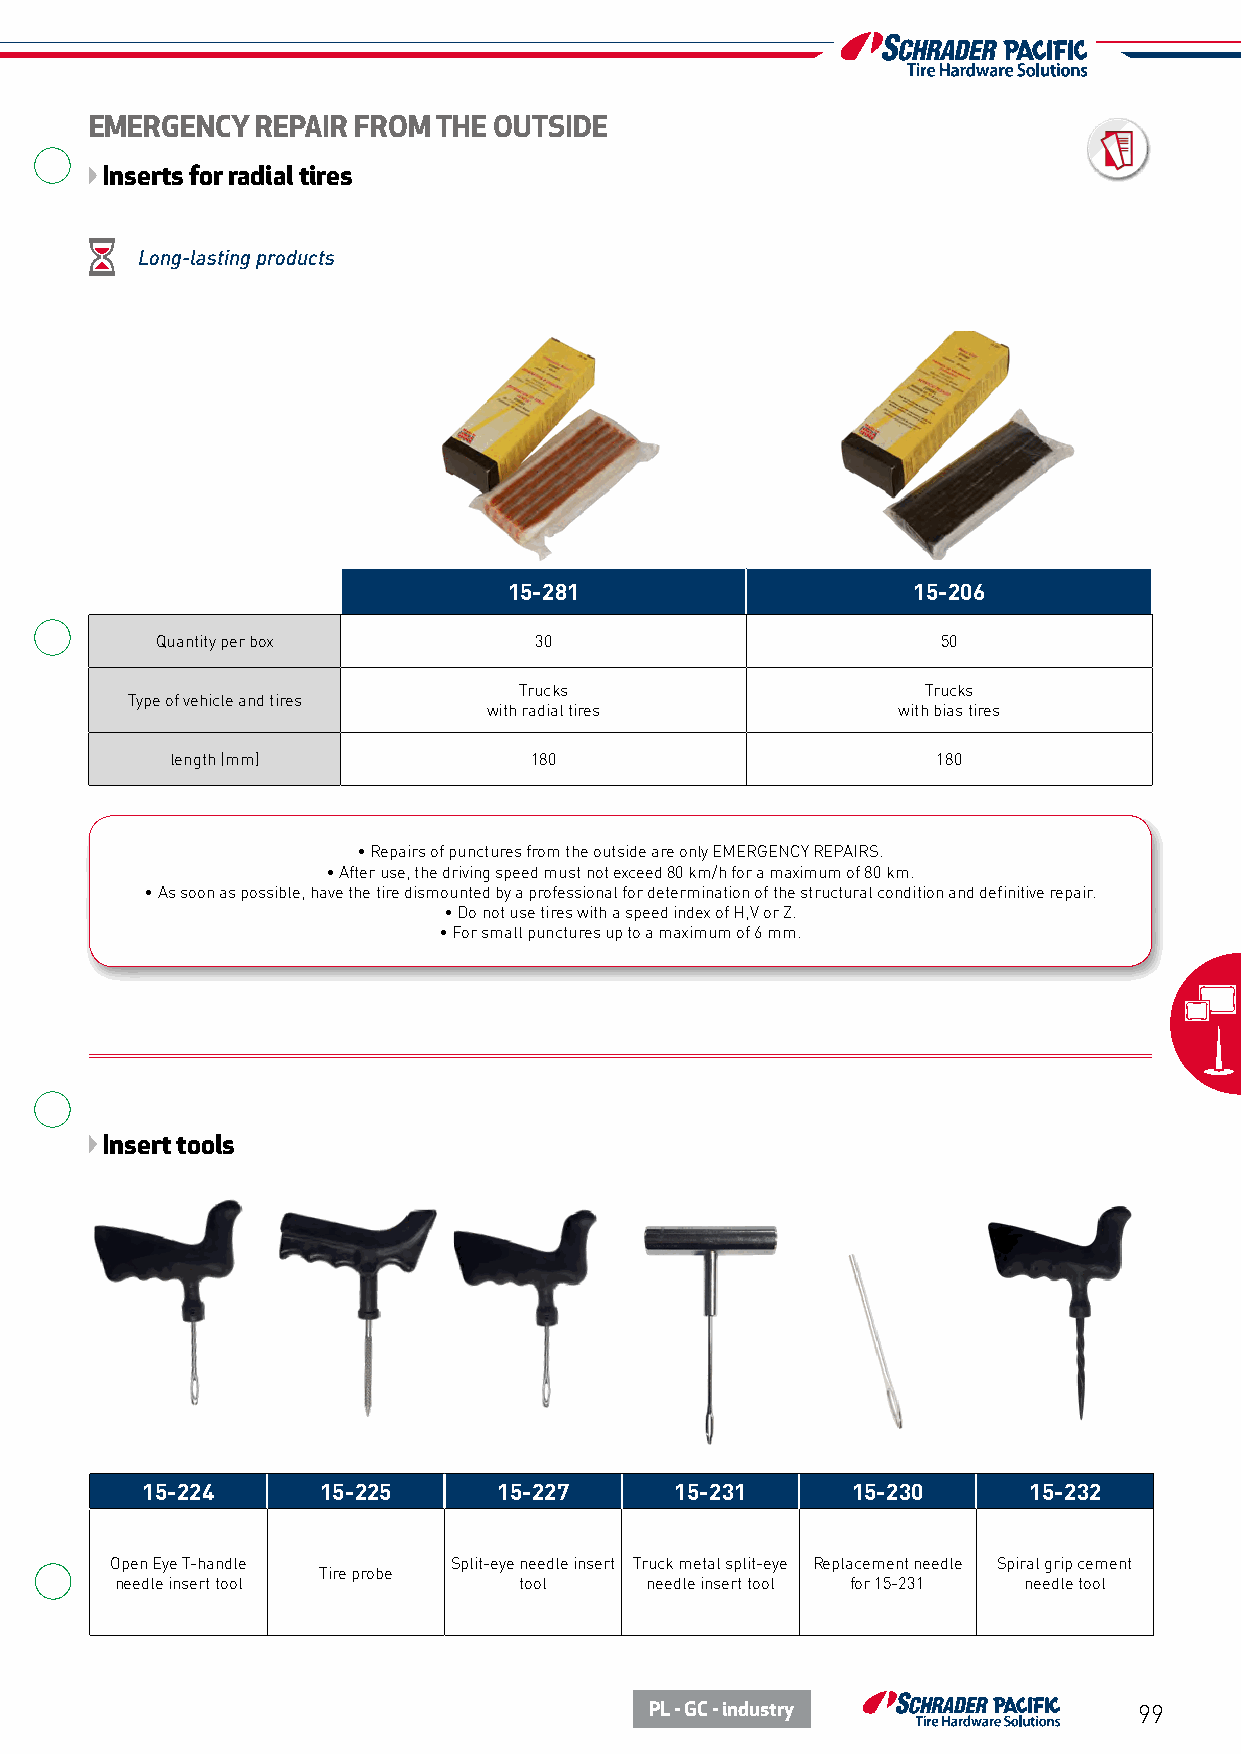
EMERGENCY  REPAIR FROM THE OUTSIDE
 Inserts for radial tires
 Long-lasting products
 15-281                    15-206
 Quantity per box         30                         50
 Trucks                     Trucks
 Type of vehicle and tires
 with radial tires          with bias tires
 length (mm)             180                        180
 • Repairs of punctures from the outside are only EMERGENCY REPAIRS.
 • After use, the driving speed must not exceed 80 km/h for a maximum of 80 km.
 • As soon as possible, have the tire dismounted by a professional for determination of the structural condition and definitive repair.
 • Do not use tires with a speed index of H,V or Z.
 • For small punctures up to a maximum of 6 mm.
 Insert tools
 15-224      15-225      15-227      15-231     15-230      15-232
 Open Eye T-handle      Split-eye needle insert Truck metal split-eye Replacement needle Spiral grip cement
 Tire probe
 needle insert tool        tool     needle insert tool for 15-231 needle tool
 PL - GC - industry              99